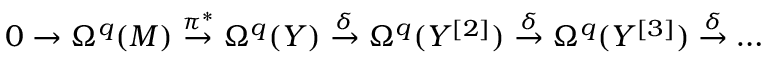
0 \to \Omega ^ { q } ( M ) \stackrel { \pi ^ { * } } { \to } \Omega ^ { q } ( Y ) \stackrel { \delta } { \to } \Omega ^ { q } ( Y ^ { [ 2 ] } ) \stackrel { \delta } { \to } \Omega ^ { q } ( Y ^ { [ 3 ] } ) \stackrel { \delta } { \to } \dots